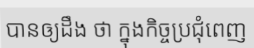
បានឲ្យដឹង ថា ក្នុងកិច្ចប្រជុំពេញ